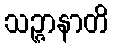
သဉ္ဇာနာတိ